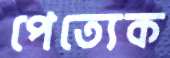
পেত্যেক